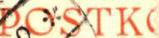
POSTK